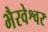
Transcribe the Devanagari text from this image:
भैरवेश्वर